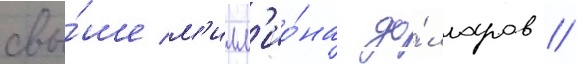
свы́ше м'илл'ио́на до́лларов //